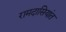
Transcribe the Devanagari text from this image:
रामदासियांत